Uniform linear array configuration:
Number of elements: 48
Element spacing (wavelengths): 0.5
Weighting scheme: hamming
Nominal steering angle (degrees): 45
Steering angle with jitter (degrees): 43.446
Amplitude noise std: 0.05
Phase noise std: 0.05

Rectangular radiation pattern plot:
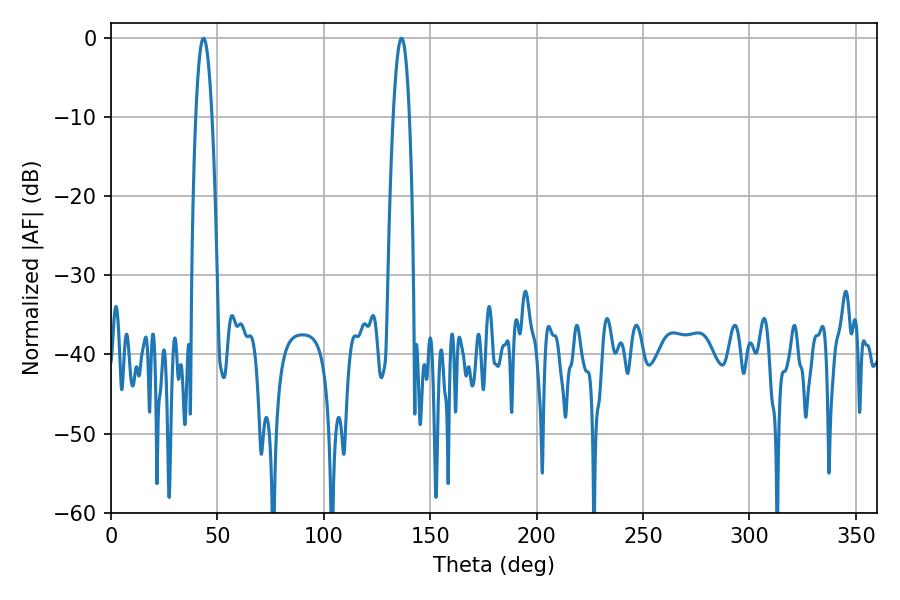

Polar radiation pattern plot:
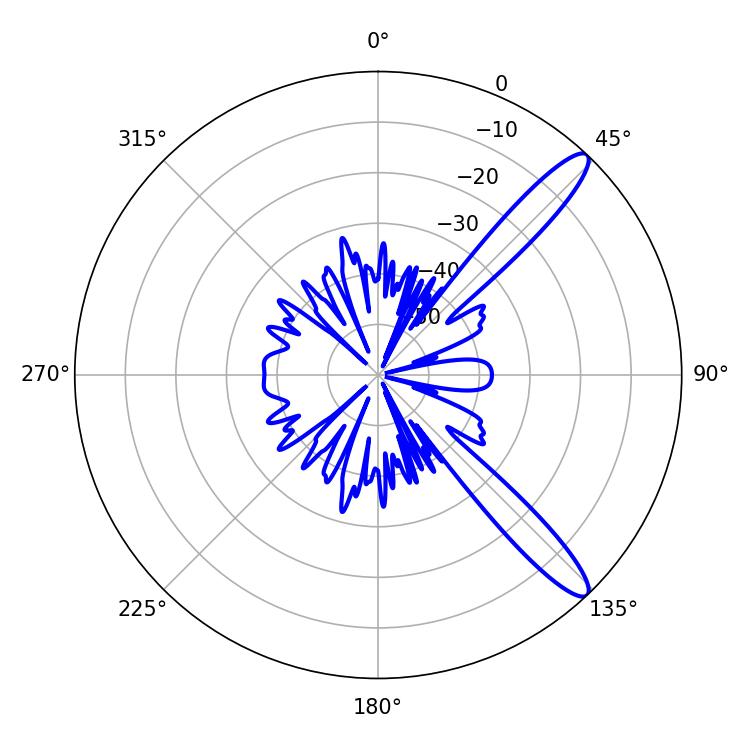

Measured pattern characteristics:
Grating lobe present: FALSE
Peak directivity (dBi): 12.625
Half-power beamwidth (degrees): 4.14
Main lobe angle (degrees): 43.56